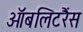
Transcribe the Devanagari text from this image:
ऑबलिटरैंस